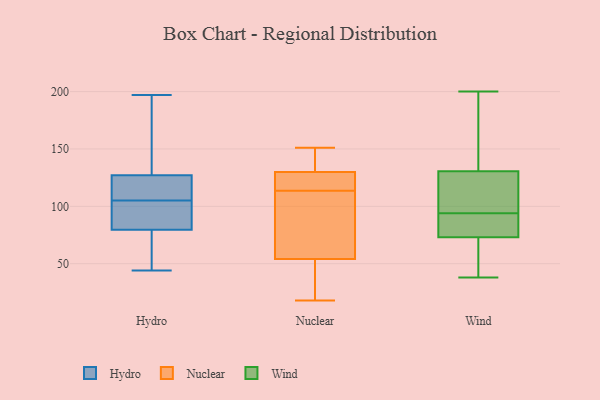
{"axis": {"x": "Population (Million)", "y": "Value"}, "legend": ["Hydro", "Nuclear", "Wind"], "data": [{"x": "", "y": 91, "type": "Hydro"}, {"x": "", "y": 188, "type": "Hydro"}, {"x": "", "y": 105, "type": "Hydro"}, {"x": "", "y": 70, "type": "Hydro"}, {"x": "", "y": 81, "type": "Hydro"}, {"x": "", "y": 129, "type": "Hydro"}, {"x": "", "y": 197, "type": "Hydro"}, {"x": "", "y": 191, "type": "Hydro"}, {"x": "", "y": 79, "type": "Hydro"}, {"x": "", "y": 68, "type": "Hydro"}, {"x": "", "y": 106, "type": "Hydro"}, {"x": "", "y": 121, "type": "Hydro"}, {"x": "", "y": 82, "type": "Hydro"}, {"x": "", "y": 44, "type": "Hydro"}, {"x": "", "y": 111, "type": "Hydro"}, {"x": "", "y": 135, "type": "Nuclear"}, {"x": "", "y": 120, "type": "Nuclear"}, {"x": "", "y": 114, "type": "Nuclear"}, {"x": "", "y": 151, "type": "Nuclear"}, {"x": "", "y": 130, "type": "Nuclear"}, {"x": "", "y": 18, "type": "Nuclear"}, {"x": "", "y": 54, "type": "Nuclear"}, {"x": "", "y": 113, "type": "Nuclear"}, {"x": "", "y": 110, "type": "Nuclear"}, {"x": "", "y": 26, "type": "Nuclear"}, {"x": "", "y": 80, "type": "Wind"}, {"x": "", "y": 51, "type": "Wind"}, {"x": "", "y": 62, "type": "Wind"}, {"x": "", "y": 200, "type": "Wind"}, {"x": "", "y": 177, "type": "Wind"}, {"x": "", "y": 117, "type": "Wind"}, {"x": "", "y": 84, "type": "Wind"}, {"x": "", "y": 73, "type": "Wind"}, {"x": "", "y": 143, "type": "Wind"}, {"x": "", "y": 101, "type": "Wind"}, {"x": "", "y": 38, "type": "Wind"}, {"x": "", "y": 73, "type": "Wind"}, {"x": "", "y": 118, "type": "Wind"}, {"x": "", "y": 89, "type": "Wind"}, {"x": "", "y": 70, "type": "Wind"}, {"x": "", "y": 99, "type": "Wind"}, {"x": "", "y": 145, "type": "Wind"}, {"x": "", "y": 114, "type": "Wind"}, {"x": "", "y": 87, "type": "Wind"}, {"x": "", "y": 179, "type": "Wind"}]}